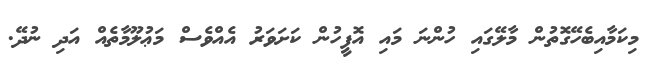
މިކަމާއިބެހޭގޮތުން މާލޭގައި ހުންނަ މައި އޮފީހުން ކަށަވަރު އެއްވެސް މަޢުލޫމާތެއް އަދި ނުދޭ.